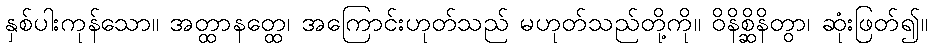
နှစ်ပါးကုန်သော။ အတ္ထာနတ္ထေ၊ အကြောင်းဟုတ်သည် မဟုတ်သည်တို့ကို။ ဝိနိစ္ဆိနိတွာ၊ ဆုံးဖြတ်၍။